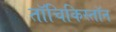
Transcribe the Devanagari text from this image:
तॉचिकिस्तॉन